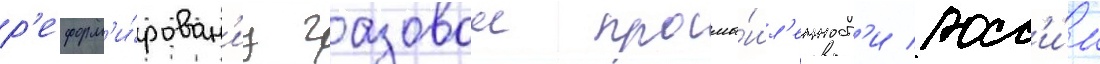
р'еформ'и́рован'иу газовои промы́шл'енност'и росс'и́и